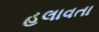
હલાવતા